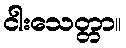
ငါးသေတ္တာ။